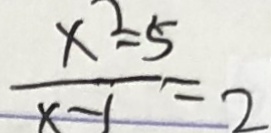
\frac { x ^ { 2 } - 5 } { x - 1 } = 2